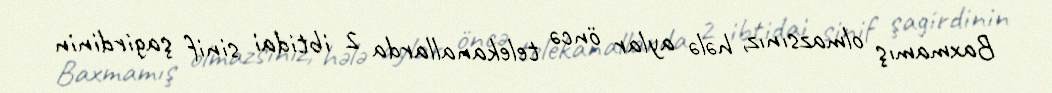
Baxmamış olmazsınız, hələ aylar öncə telekanallarda 2 ibtidai sinif şagirdinin